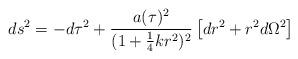
LaTeX: \begin{align*}ds^2 = -d\tau^2 + \frac{a(\tau)^2}{(1 + \mbox{$\frac{1}{4}$}kr^2)^2}\left[dr^2 + r^2 d\Omega^2\right]\end{align*}